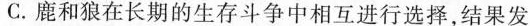
C.鹿和狼在长期的生存斗争中相互进行选择，结果发